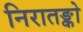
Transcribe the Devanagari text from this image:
निरातङ्को